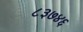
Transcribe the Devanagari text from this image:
८३७४६